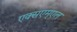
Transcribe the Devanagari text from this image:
एक्सएम्एल